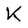
Character: K